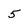
Character: 5